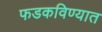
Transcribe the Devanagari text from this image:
फडकविण्यात